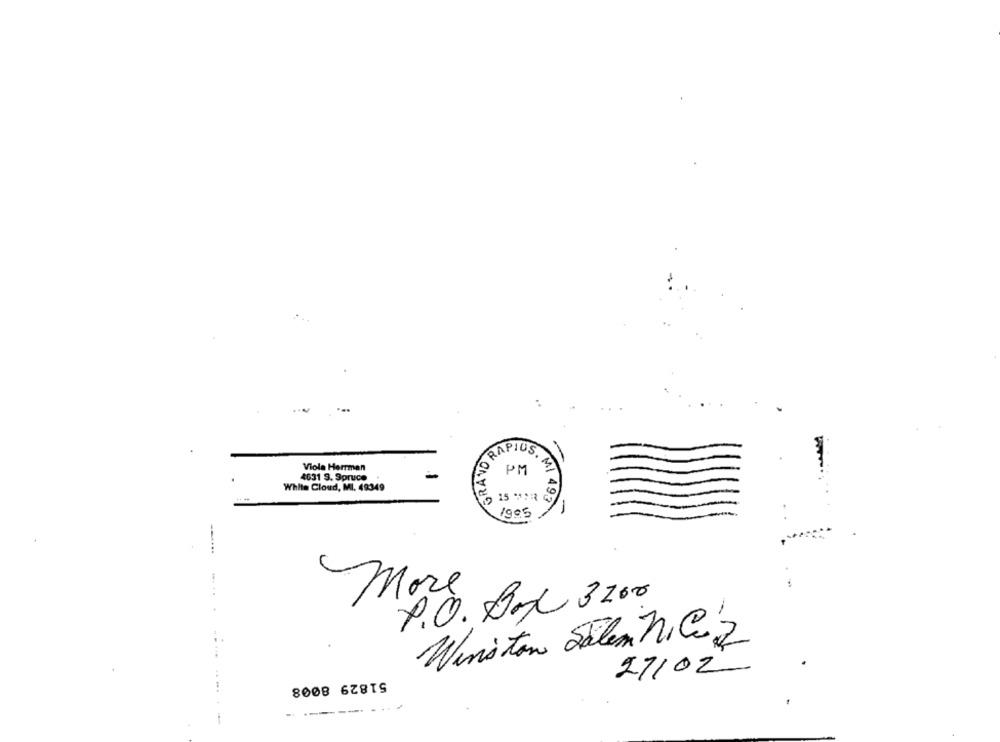
GRANO
Viola Herrman
RAPIUS. M
PM
4631 9. Spruce
White Cloud, MI. 49349
15 :3 0
-
1905
-
-...
More
P.O. Box 3200
Winston Salem ni Cio'z
27/02
51829 8008